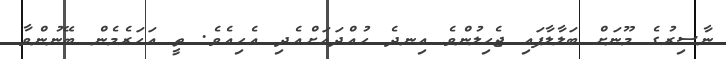
ނާސިރުގެ މޫނަށް ބަލާލާފައި ޖެހިލުންވެ އިނދެ ހުއްދައަށްއެދި އެހިއެވެ. ތީ އަހަރެމެން ބޭނުންވާ